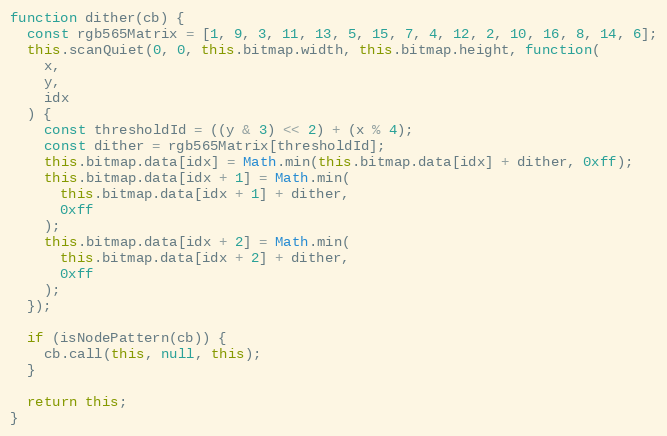
Language: JavaScript
function dither(cb) {
  const rgb565Matrix = [1, 9, 3, 11, 13, 5, 15, 7, 4, 12, 2, 10, 16, 8, 14, 6];
  this.scanQuiet(0, 0, this.bitmap.width, this.bitmap.height, function(
    x,
    y,
    idx
  ) {
    const thresholdId = ((y & 3) << 2) + (x % 4);
    const dither = rgb565Matrix[thresholdId];
    this.bitmap.data[idx] = Math.min(this.bitmap.data[idx] + dither, 0xff);
    this.bitmap.data[idx + 1] = Math.min(
      this.bitmap.data[idx + 1] + dither,
      0xff
    );
    this.bitmap.data[idx + 2] = Math.min(
      this.bitmap.data[idx + 2] + dither,
      0xff
    );
  });

  if (isNodePattern(cb)) {
    cb.call(this, null, this);
  }

  return this;
}